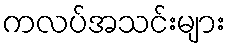
ကလပ်အသင်းများ